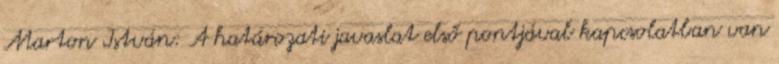
Marton István: A határozati javaslat első pontjával kapcsolatban van